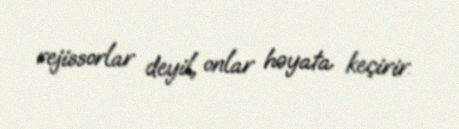
rejissorlar deyil, onlar həyata keçirir.